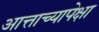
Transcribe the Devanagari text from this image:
आत्ताच्यापेक्षा